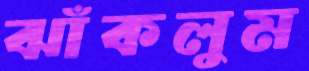
ঝাঁকলুম